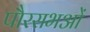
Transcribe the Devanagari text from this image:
पौरसभओं